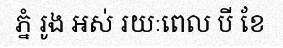
ភ្នំ រូង អស់ រយៈពេល បី ខែ